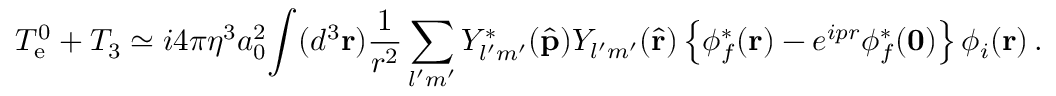
T _ { \mathrm { e } } ^ { 0 } + T _ { 3 } \simeq i 4 \pi \eta ^ { 3 } a _ { 0 } ^ { 2 } \! \int ( d ^ { 3 } { \bf r } ) { \frac { 1 } { r ^ { 2 } } } \sum _ { l ^ { \prime } m ^ { \prime } } Y _ { l ^ { \prime } m ^ { \prime } } ^ { * } ( \hat { \bf p } ) Y _ { l ^ { \prime } m ^ { \prime } } ( \hat { \bf r } ) \left\{ \phi _ { f } ^ { * } ( { \bf r } ) - e ^ { i p r } \phi _ { f } ^ { * } ( { \bf 0 } ) \right\} \phi _ { i } ( { \bf r } ) \, .